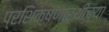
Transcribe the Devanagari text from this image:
प्रशिक्षणार्थीच्या